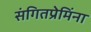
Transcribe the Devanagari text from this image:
संगितप्रेमिंना